Report of the Indian Hemp Drugs Commission, 1894-1895 - Volume VII
Year: 1894
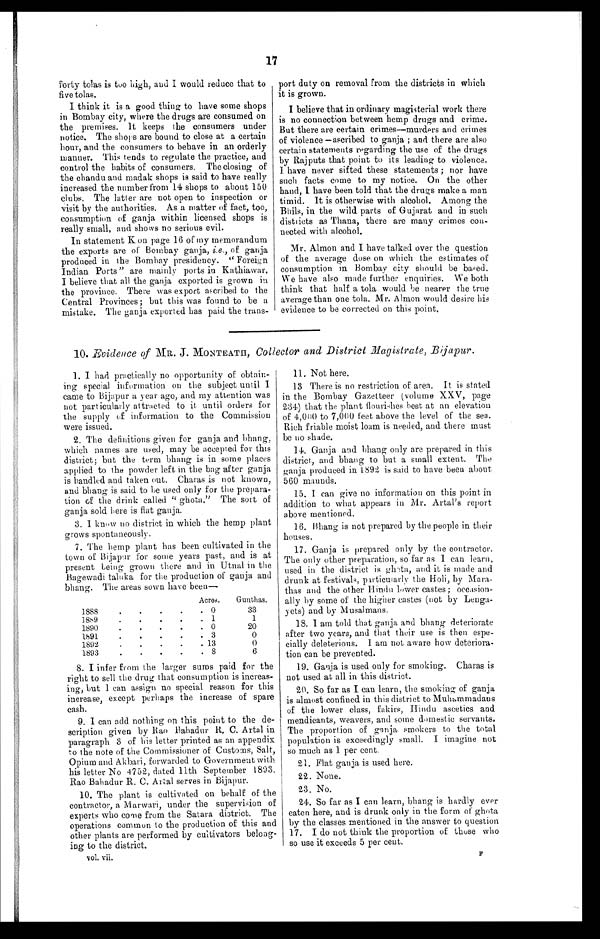
17
forty tolas is too high, and I would reduce that to
five tolas.
I think it is a good thing to have some shops
in Bombay city, where the drugs are consumed on
the premises. It keeps the consumers under
notice. The shops are bound to close at a certain
hour, and the consumers to behave in an orderly
manner. This tends to regulate the practice, and
control the habits of consumers. The closing of
the chandu and madak shops is said to have really
increased the number from 14 shops to about 150
clubs. The latter are not open to inspection or
visit by the authorities. As a matter of fact, too,
consumption of ganja within licensed shops is
really small, and shows no serious evil.
In statement K on page 16 of my memorandum
the exports are of Bombay ganja, i.e., of ganja
produced in the Bombay presidency. "Foreign
Indian Ports" are mainly ports in Kathiawar.
I believe that all the ganja exported is grown in
the province. There was export ascribed to the
Central Provinces; but this was found to be a
mistake. The ganja exported has paid the trans-
port duty on removal from the districts in which
it is grown.
I believe that in ordinary magisterial work there
is no connection between hemp drugs and crime.
But there are certain crimes—murders and crimes
of violence—ascribed to ganja ; and there are also
certain statements regarding the use of the drugs
by Rajputs that point to its leading to violence.
I have never sifted these statements ; nor have
such facts come to my notice. On the other
hand, I have been told that the drugs make a man
timid. It is otherwise with alcohol. Among the
Bhils, in the wild parts of Gujarat and in such
districts as Thana, there are many crimes con
- n e c t e d w i t h a l c o h o l .
Mr, Almon and I have talked over the question
of the average dose on which the estimates of
consumption in Bombay city should be based.
We have also made further enquiries. We both
think that half a tola would be nearer the true
average than one tola. Mr. Almon would desire his
evidence to be corrected on this point.
10. Evidence of MR. J. MONTEATH, Collector and District Magistrate, _Bijapur.
1. I had practically no opportunity of obtain-
ing special information on the subject until I
came to Bijapur a year ago, and my attention was
not particularly attracted to it until orders for
the supply of information to the Commission
were issued.
2. The definitions given for ganja and bhang,
which names are used, may be accepted for this
district; but the term bhang is in some places
applied to the powder left in the bag after ganja
is handled and taken out. Charas is not known,
and bhang is said to be used only for the prepara
- t i o n o f t h e d r i n k c a l l e d " g h o t a . " T h e s o r t o f
ganja sold here is flat ganja.
3. I know no district in which the hemp plant
grows spontaneously.
7. The hemp plant has been cultivated in the
town of Bijapur for some years past, and is at
present being grown there and in Utnal in the
Bagewadi taluka for the production of ganja and
bhang. The areas sown have been—
Acres.
Guathas.
1888
0
33
1889
1
1
1890
0
20
1891
3
0
1892
13
0
1893
8
6
8. I infer from the larger sums paid for the
right to sell the drug that consumption is increas-
i ng, but I c a n a s s i gn no s pe c i a l r e a s on f or t hi s
increase, except perhaps the increase of spare
cash.
9. I can add nothing on this point to the de-
scription given by Rao Bahadur R. C. Artal in
paragraph 3 of his letter printed as an appendix
to the note of the Commissioner of Customs, Salt,
Opium and Akbari, forwarded to Government with
his letter No 4752, dated 11th September 1893.
Rao Bahadur R. C. Artal serves in Bijapur.
10. The plant is cultivated on behalf of the
contractor, a Marwari, under the supervision of
experts who come from the Satara district. The
operations common to the production of this and
other plants are performed by cultivators
b e l o n g - i n g t o t h e d i s t r i c t .
vol. vii.
11.
11. Not here.
13 There is no restriction of area. It is stated
in the Bombay Gazetteer (volume XXV, page
234) that the plant flourishes best at an elevation
of 4,000 to 7,000 feet above the level of the sea.
Rich friable moist loam is needed, and there must
be no shade.
14. Ganja and bhang only are prepared in this
district, and bhang to but a small extent. The
ganja produced in 1892 is said to have been about
560 mounds.
15. I can give no information on this point in
addition to what appears in Mr. Artal's report
above mentioned.
16.
Bhang is not prepared by the people in their
houses.
17. Ganja is prepared only by the contractor.
The only other preparation, so far as I can learn,
used in the district is gheta, and it is made and
drunk at festivals, particularly the Hob, by Mara
-thas and the other Hindu lower castes; occasion
- a l l y b y s o m e o f t h e h i g h e r c a s t e s ( n o t b y
L e n g a - y e t s ) a n d b y M u s a l m a n s .
18. I am told that ganja and bhang deteriorate
after two years, and that their use is then espe
-cially deleterious. I am not aware how deteriora
- t i o n c a n b e p r e v e n t e d .
19. Ganja is used only for smoking. Charas is
not used at all in this district.
20. So far as I can learn, the smoking of ganja
is almost confined in this district to Muhammadans
of the lower class, fakirs, Hindu ascetics and
mendicants, weavers, and some domestic servants.
The proportion of ganja smokers to the total
population is exceedingly small. I imagine not
so much as 1 per cent.
21. Flat ganja is used here.
22. None.
23. No.
24. So far as I can learn, bhang is hardly ever
eaten here, and is drunk only in the form of ghota
by the classes mentioned in the answer to question
17. I do not think the proportion of those who
so use it exceeds 5 per cent.
F